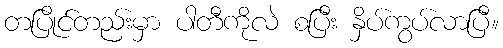
တပြိုင်တည်းမှာ ပါတီကိုလဲ စပြီး နှိပ်ကွပ်လာပြီ။